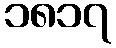
၁၈၁၇